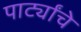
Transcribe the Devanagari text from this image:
पार्ट्यांचे